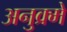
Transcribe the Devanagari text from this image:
अनुक्र्मे